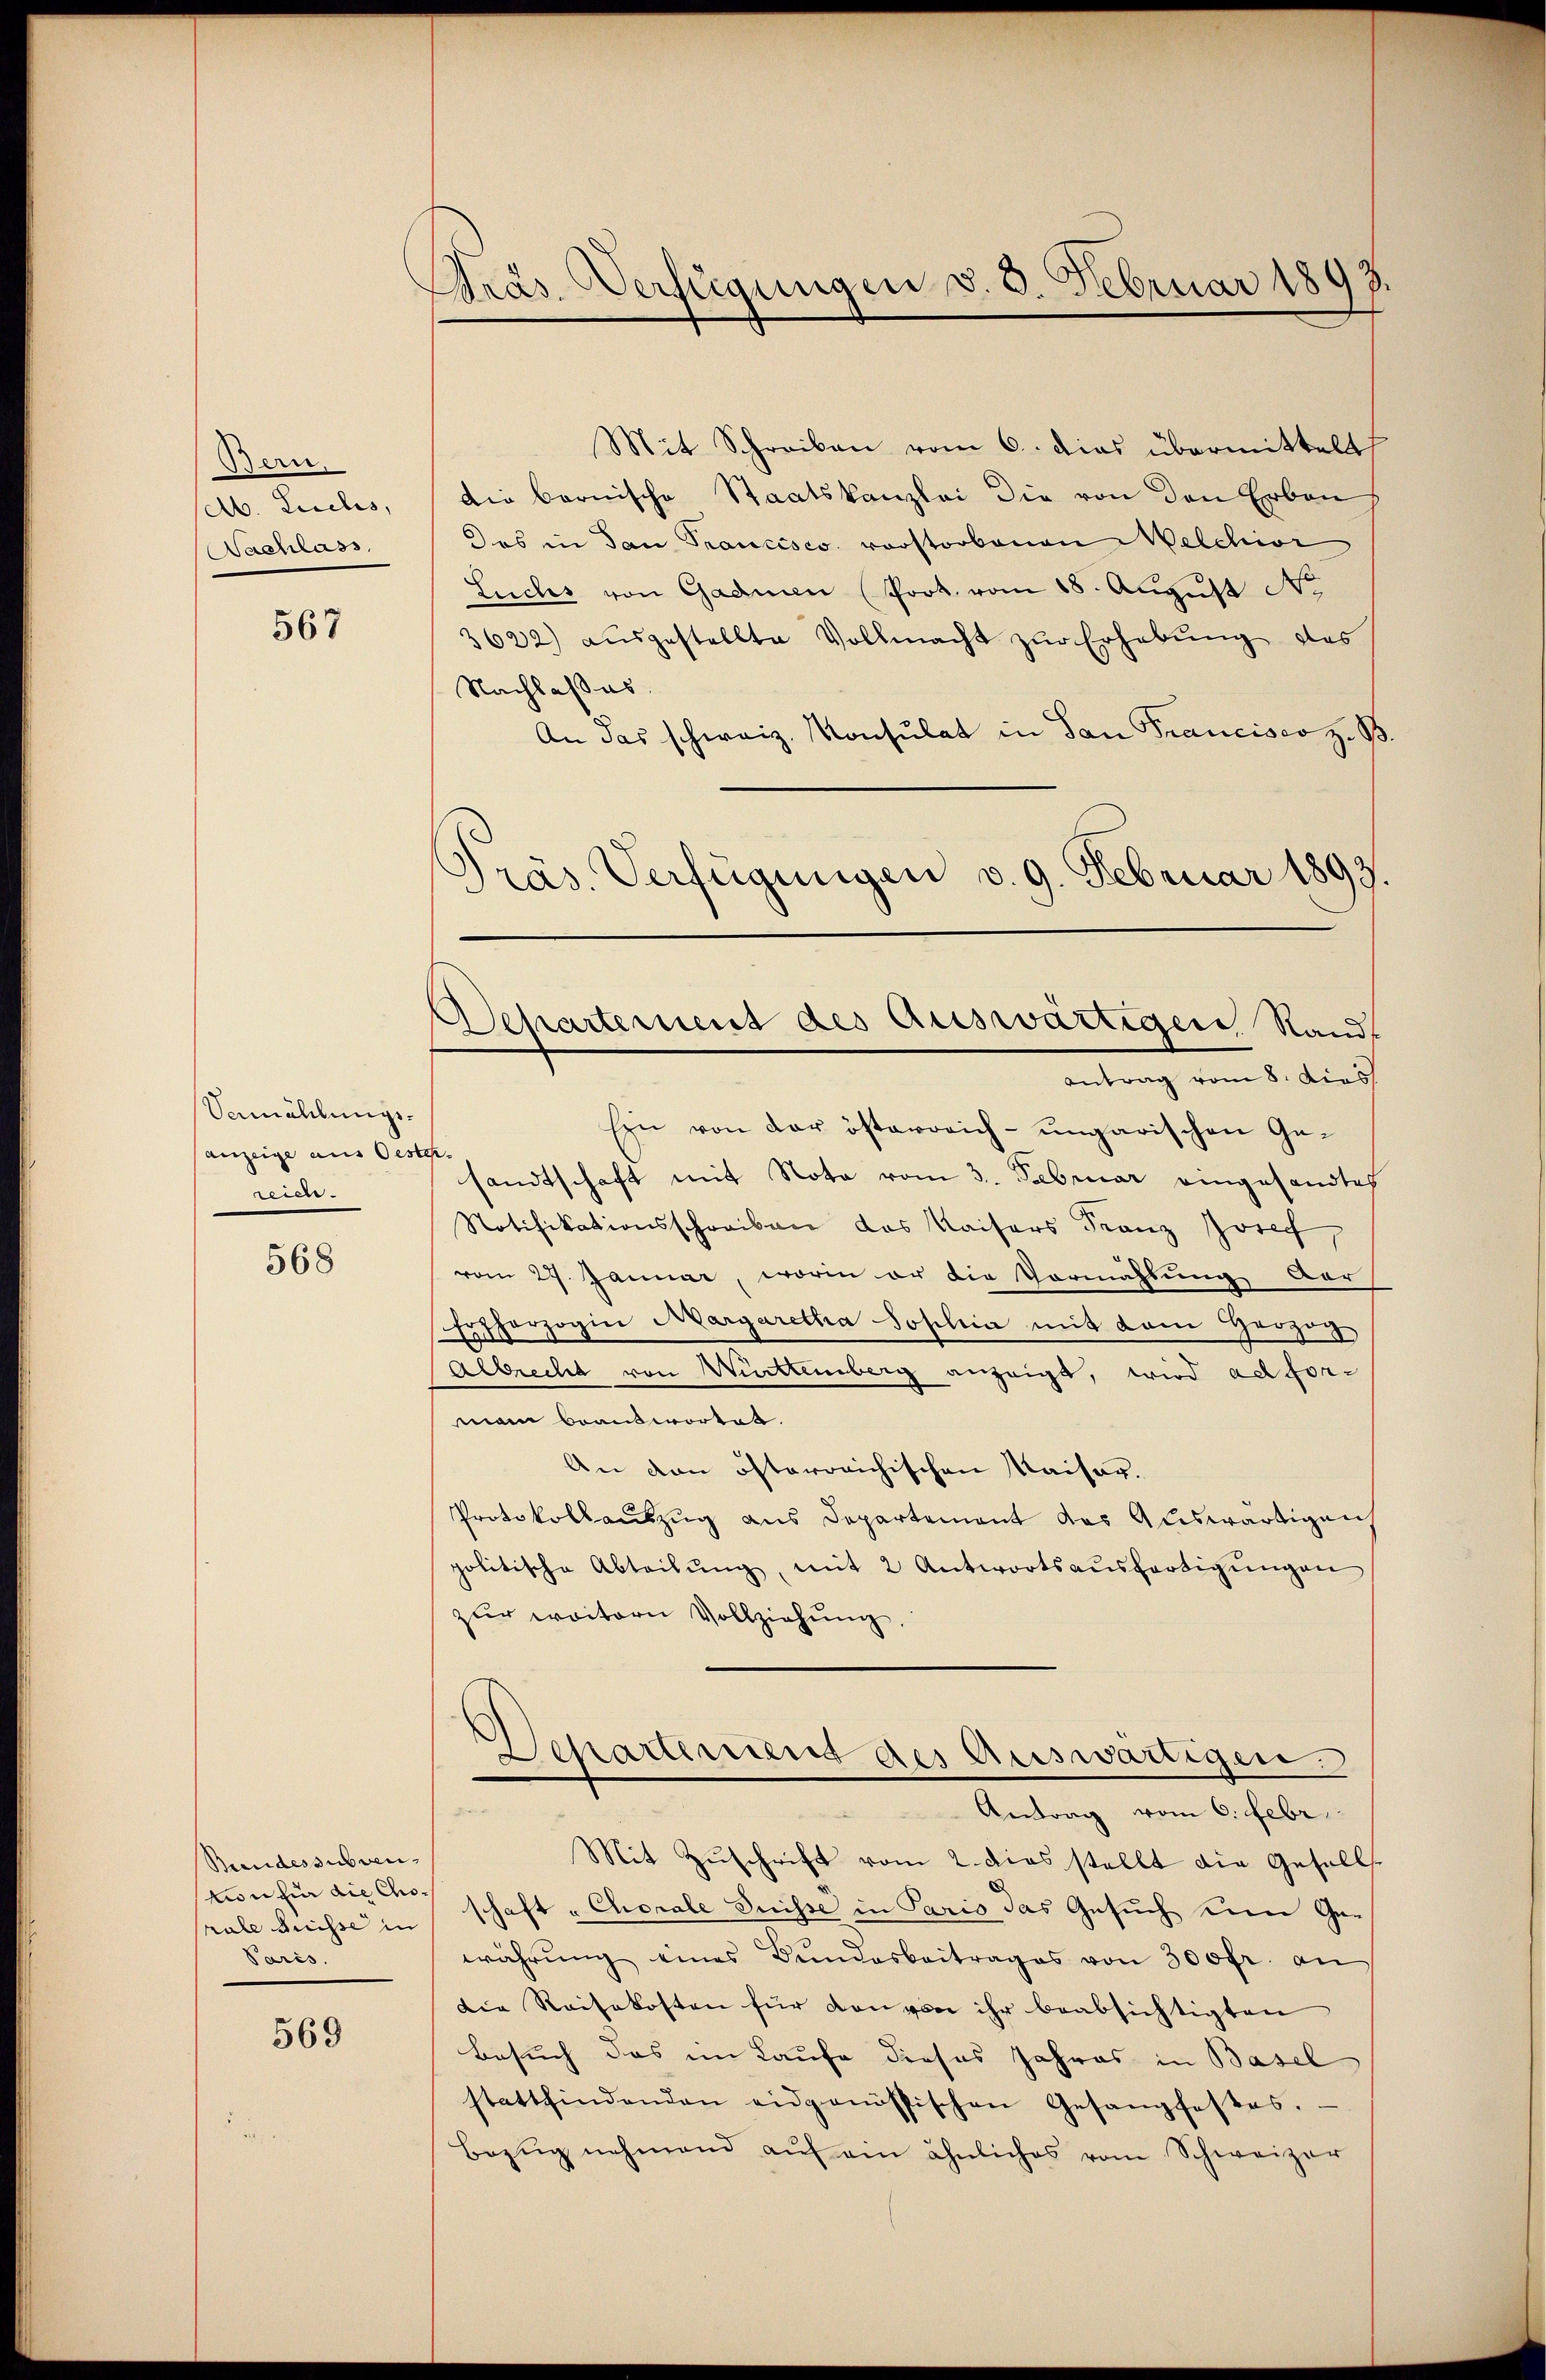
Bern,
Ab. Liebes,
Nachlass

567

Vemählungsanzeige aus Oest
reich.

568

Bundessubven
von für die Chorale Suisse in
Paris.

569

Präs. Verfügungen v. 3. Februar 189
.

Mit Schreiben vom 6. dies übermittelt
Die bernische Staatskanzlei die von den Erben
des in dan Trancisco vorstorbenen Melchior
Luches von Gadmen (Prot. vom 18. August No
3622) aŭsgestellte Vollmacht zŭr Erhebung des
Nachlasses.
An das schweiz. Konsulat in San Francisco z. B.
Präs. Verfügungen v. 9. Februar 1893.

Departement des Auswärtiger Standt
antrag vom 8. dies

Ein von der österreich-ungarischen Ge-
¬
sandtschaft mit Nota vom 3. Februar eingesandtes
Notifikationsschreiben das Kaisers Franz Josef,
vom 27. Januar, worin er die Vormählung dar
Erzherzogin Margaretha Joschin mit dem Herzog
Albrecht von Württemberg anzeigt, wird ad forman beantwortet.
An den österreichischen Kaiser.
Protokollauszug aus Departement das Auswärtigen,
politische Abteilŭng, mit 2 Antwortsaŭsfertigŭngen
zŭr weitern Vollziehŭng.
Departement des Auswärtigen.
Antrag vom 6. Febr.
Mit Zŭschrift vom 2. dies stellt die Gesell-
schaft "Chorale Suisse in Paris das Gesuch den Gewährŭng eines Bundesbeitrages von 300fr. an
Die Reisekosten für von von ihr beabsichtigten
Besuch das im Laufe dieses Jahres in Basel
stattfindenden eidgenössischen Gesangfestes.
Bezŭg nehmend aŭf ein ähnliches vom Schweizer